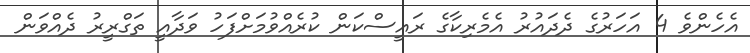
އެހެންވެ 4 އަހަރުގެ ދެދައުރު އެމެރިކާގެ ރައީސްކަން ކުރެއްވުމަށްފަހު ވަދާއީ ތަގްރީރު ދެއްވަން